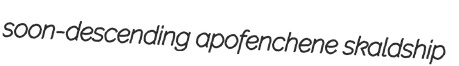
soon-descending apofenchene skaldship